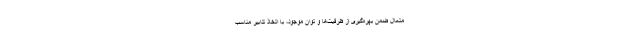
متعال ضمن بهره‌گیری از ظرفیت‌ها و توان موجود، با اتخاذ تدابیر مناسب